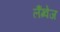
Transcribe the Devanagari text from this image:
लैंग्‍वेज